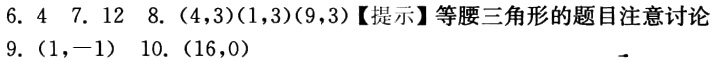
6. \(4\) 7. \(12\) 8. \((4,3)(1,3)(9,3)\)【提示】等腰三角形的题目注意讨论

9. \((1,-1)\) 10. \((16,0)\)